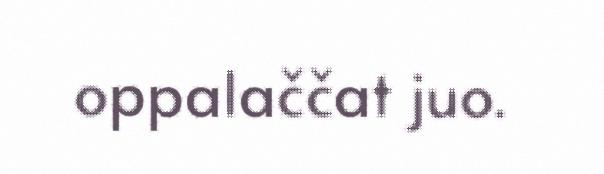
oppalaččat juo.